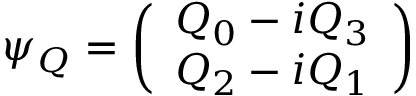
\psi _ { Q } = \left( \begin{array} { c } { { Q _ { 0 } - i Q _ { 3 } } } \\ { { Q _ { 2 } - i Q _ { 1 } } } \end{array} \right)